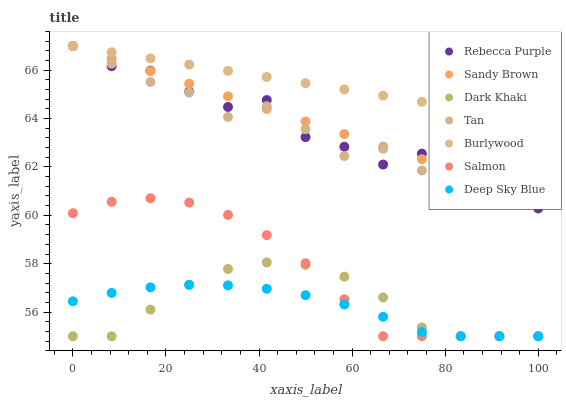
| xaxis_label | Rebecca Purple | Sandy Brown | Dark Khaki | Tan | Burlywood | Salmon | Deep Sky Blue |
 | --- | --- | --- | --- | --- | --- | --- | --- |
 | 0 | 67 | 67 | 55 | 67 | 67 | 60.1 | 56.4 |
 | 8.33 | 66.2 | 66.5 | 55 | 66.3 | 66.7 | 60.6 | 56.8 |
 | 16.7 | 66 | 66 | 56.1 | 65.5 | 66.5 | 60.7 | 57 |
 | 25 | 65.1 | 65.4 | 57.1 | 65.1 | 66.2 | 60.5 | 57.1 |
 | 33.3 | 64.5 | 64.9 | 57.8 | 64.1 | 66 | 60 | 57.1 |
 | 41.7 | 64.8 | 64.4 | 58.1 | 64.5 | 65.7 | 59.2 | 57 |
 | 50 | 63.2 | 63.9 | 57.9 | 63.6 | 65.5 | 58 | 56.7 |
 | 58.3 | 62.8 | 63.4 | 57.5 | 62.5 | 65.2 | 56.5 | 56.3 |
 | 66.7 | 62.1 | 62.8 | 56.6 | 62.8 | 65 | 55 | 55.8 |
 | 75 | 62.5 | 62.3 | 55.4 | 61.9 | 64.7 | 55 | 55.2 |
 | 83.3 | 60.9 | 61.8 | 55 | 60.7 | 64.4 | 55 | 55 |
 | 91.7 | 60.7 | 61.3 | 55 | 60.8 | 64.2 | 55 | 55 |
 | 100 | 60.3 | 60.8 | 55 | 60.5 | 63.9 | 55 | 55 |